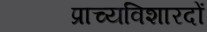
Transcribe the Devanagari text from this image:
प्राच्यविशारदों